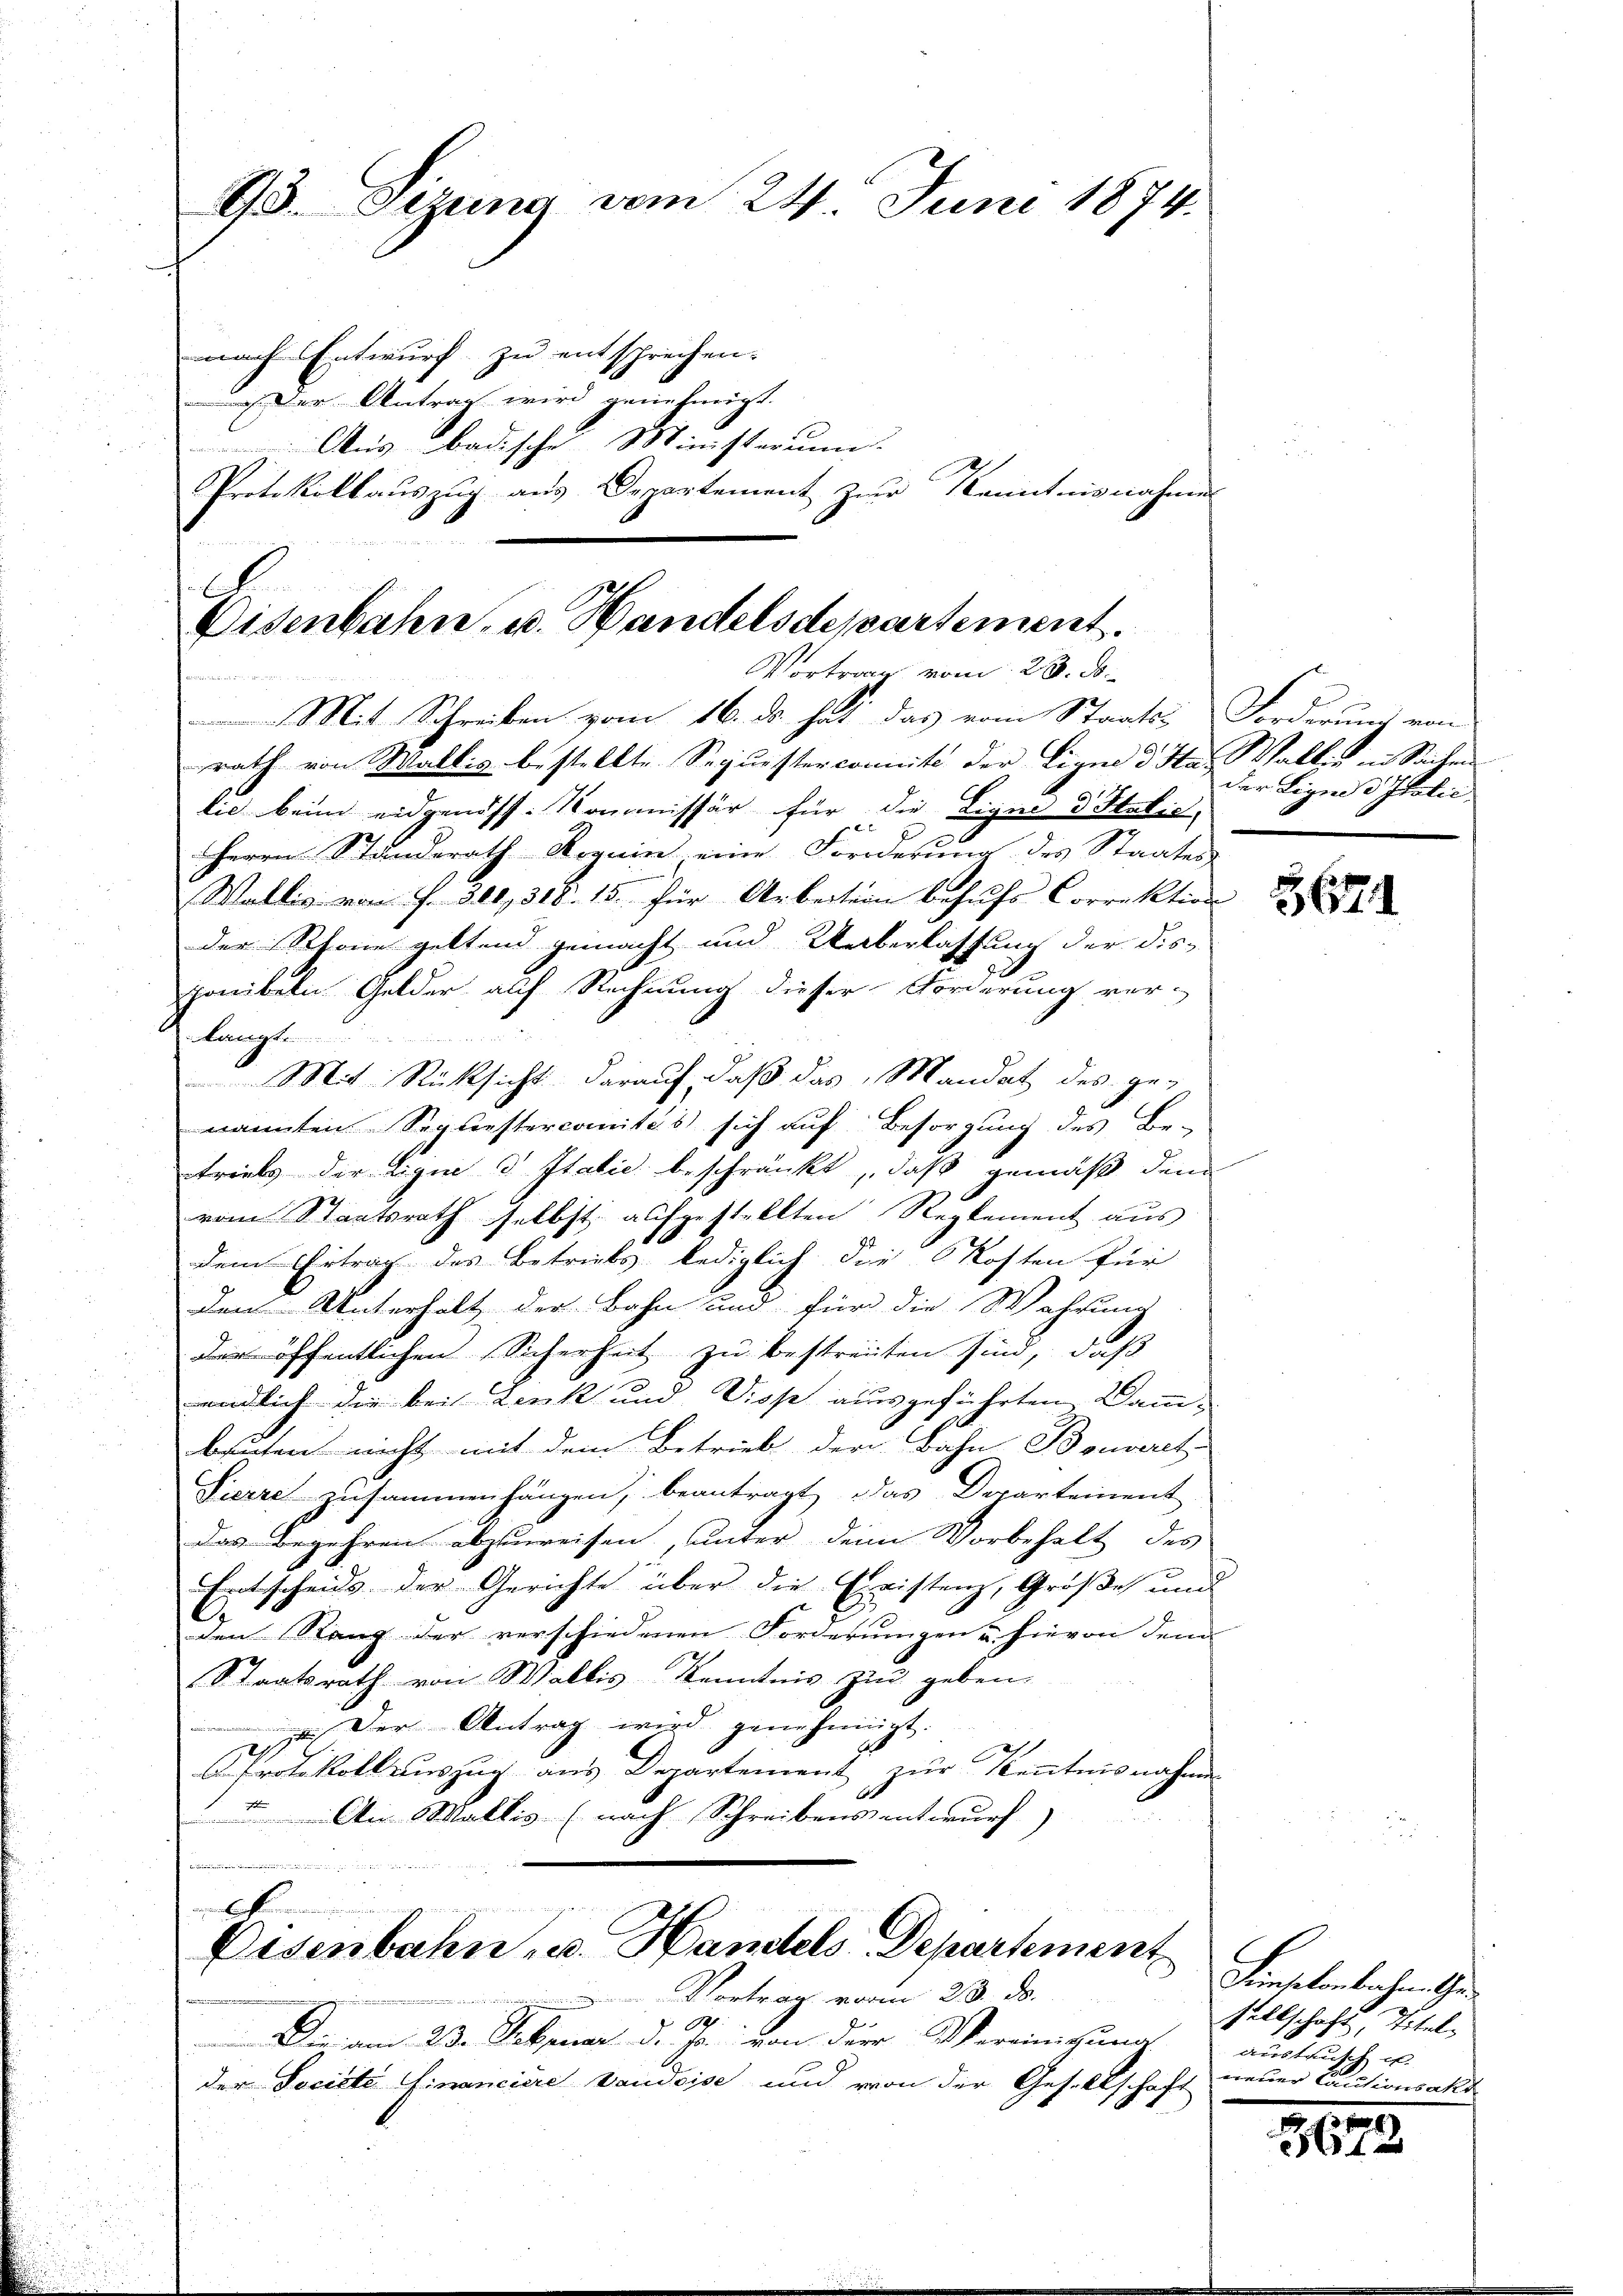
93. Sezung vom 24. Juni 1874.

nach Entwurf zu entsprechen.
 Der Antrag wird genehmigt.
Aus Badische Ministerium.
Protokollauszug aus Departement zur Kenntnisnahme

E
Disenbahn, u. Handelsdepartement.
Vortrag vom 28. d.
Mit Schreiben vom 16. ds. hat das vom Staats-Forderung von

rath von Wallis bestellte Sequestercomite der Eigen das Wallis in Sachen
die beim eidgenöss. Kommissär für die Lique d Italie
Herrn Standerath Reguin, eine Forderung des Staates
Wallig von f. 300, 318. 15. für Arbeitern behufs Correktion
der Schöne geltend gemacht und Ueberlassung der dis-
ponibeln Gelder auf Rechnung dieser Forderung ver-
Mang
Mit Rücksicht darauf, daß das Mandat des ge-
nannten Sequestercomités sich auf Besorgung des Be-
treits der Lique d Italić beschränkt, daß gemäß dem
vom Staatsrath selbst aufgestellten Reglement aus
dem Ertrag des Betriebs, lediglich die Kosten für
den Unterhalt der Bahn und für die Wahrung
der öffentlichen Sicherheit zu bestreiten sind, daß
endlich die bei Lenk und Diese ausgeführten Dammbsuchen nicht mit dem Betrieb der Bahn Bouveret
Pierre zusammenhängen, beantragt das Departement
das Begehren abzuweisen, unter den Vorbehalt des
Entscheids der Gerichte über die Einistenz, Größe und
den Rang der verschiedenen Forderungen u. hievon dem
Staatsrath von Wallis Kenntnis zu geben.
 Der Antrag wird genehmigt.
AProtokollauszug aus Departement zur Kenntnisnahmen
t
An Wallis (nach Schreibens entwurf)
A

f
Eisenbahn, u. Handels Departement
Vortrag vom 23. ds.

u
Dis am 23. Februar d. Js. von der Vereinigung
der Societe Financiere Vaudoise und von der Gesellschaft

der Lignis Italic.

5674

Senselenbachen Grun
sellschaft, Titel.
austausch in |
neuer Cautionsakt

1649